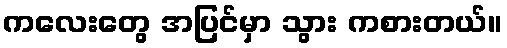
ကလေးတွေ အပြင်မှာ သွား ကစားတယ်။